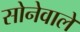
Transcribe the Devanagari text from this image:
सोनेवाले